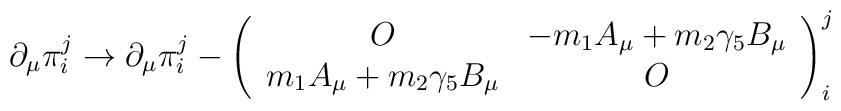
\partial_\mu \pi^j_i \to  \partial_\mu \pi^j_i - \left(\begin{array}{cc}  O & - m_1 A_\mu + m_2 \gamma_5 B_\mu \\ m_1 A_\mu +m_2 \gamma_5 B_\mu & O \end{array} \right)^j_i